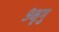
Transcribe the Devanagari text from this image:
९भृगु